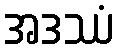
အဒဿံ